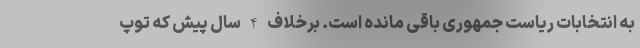
به انتخابات ریاست جمهوری باقی مانده است. برخلاف 4 سال پیش که توپ